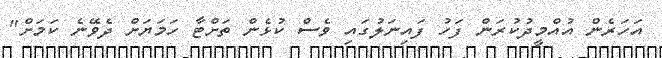
އަހަރެން އުއްމީދުކުރަން ފަހު ފައިނަލުގައި ވެސް ކުޅެން ތަށްޓާ ހަމަޔަށް ދެވޭނެ ކަމަށް"